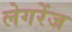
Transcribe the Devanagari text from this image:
लेगरेंज